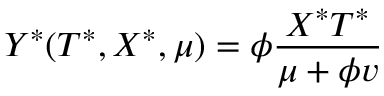
Y ^ { \ast } ( T ^ { \ast } , X ^ { \ast } , \mu ) = \phi \frac { X ^ { \ast } T ^ { \ast } } { \mu + \phi v }